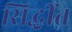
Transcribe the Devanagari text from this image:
सिद्धींत